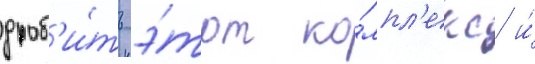
дроб'и́ть э́тот ко́мпл'екс и́